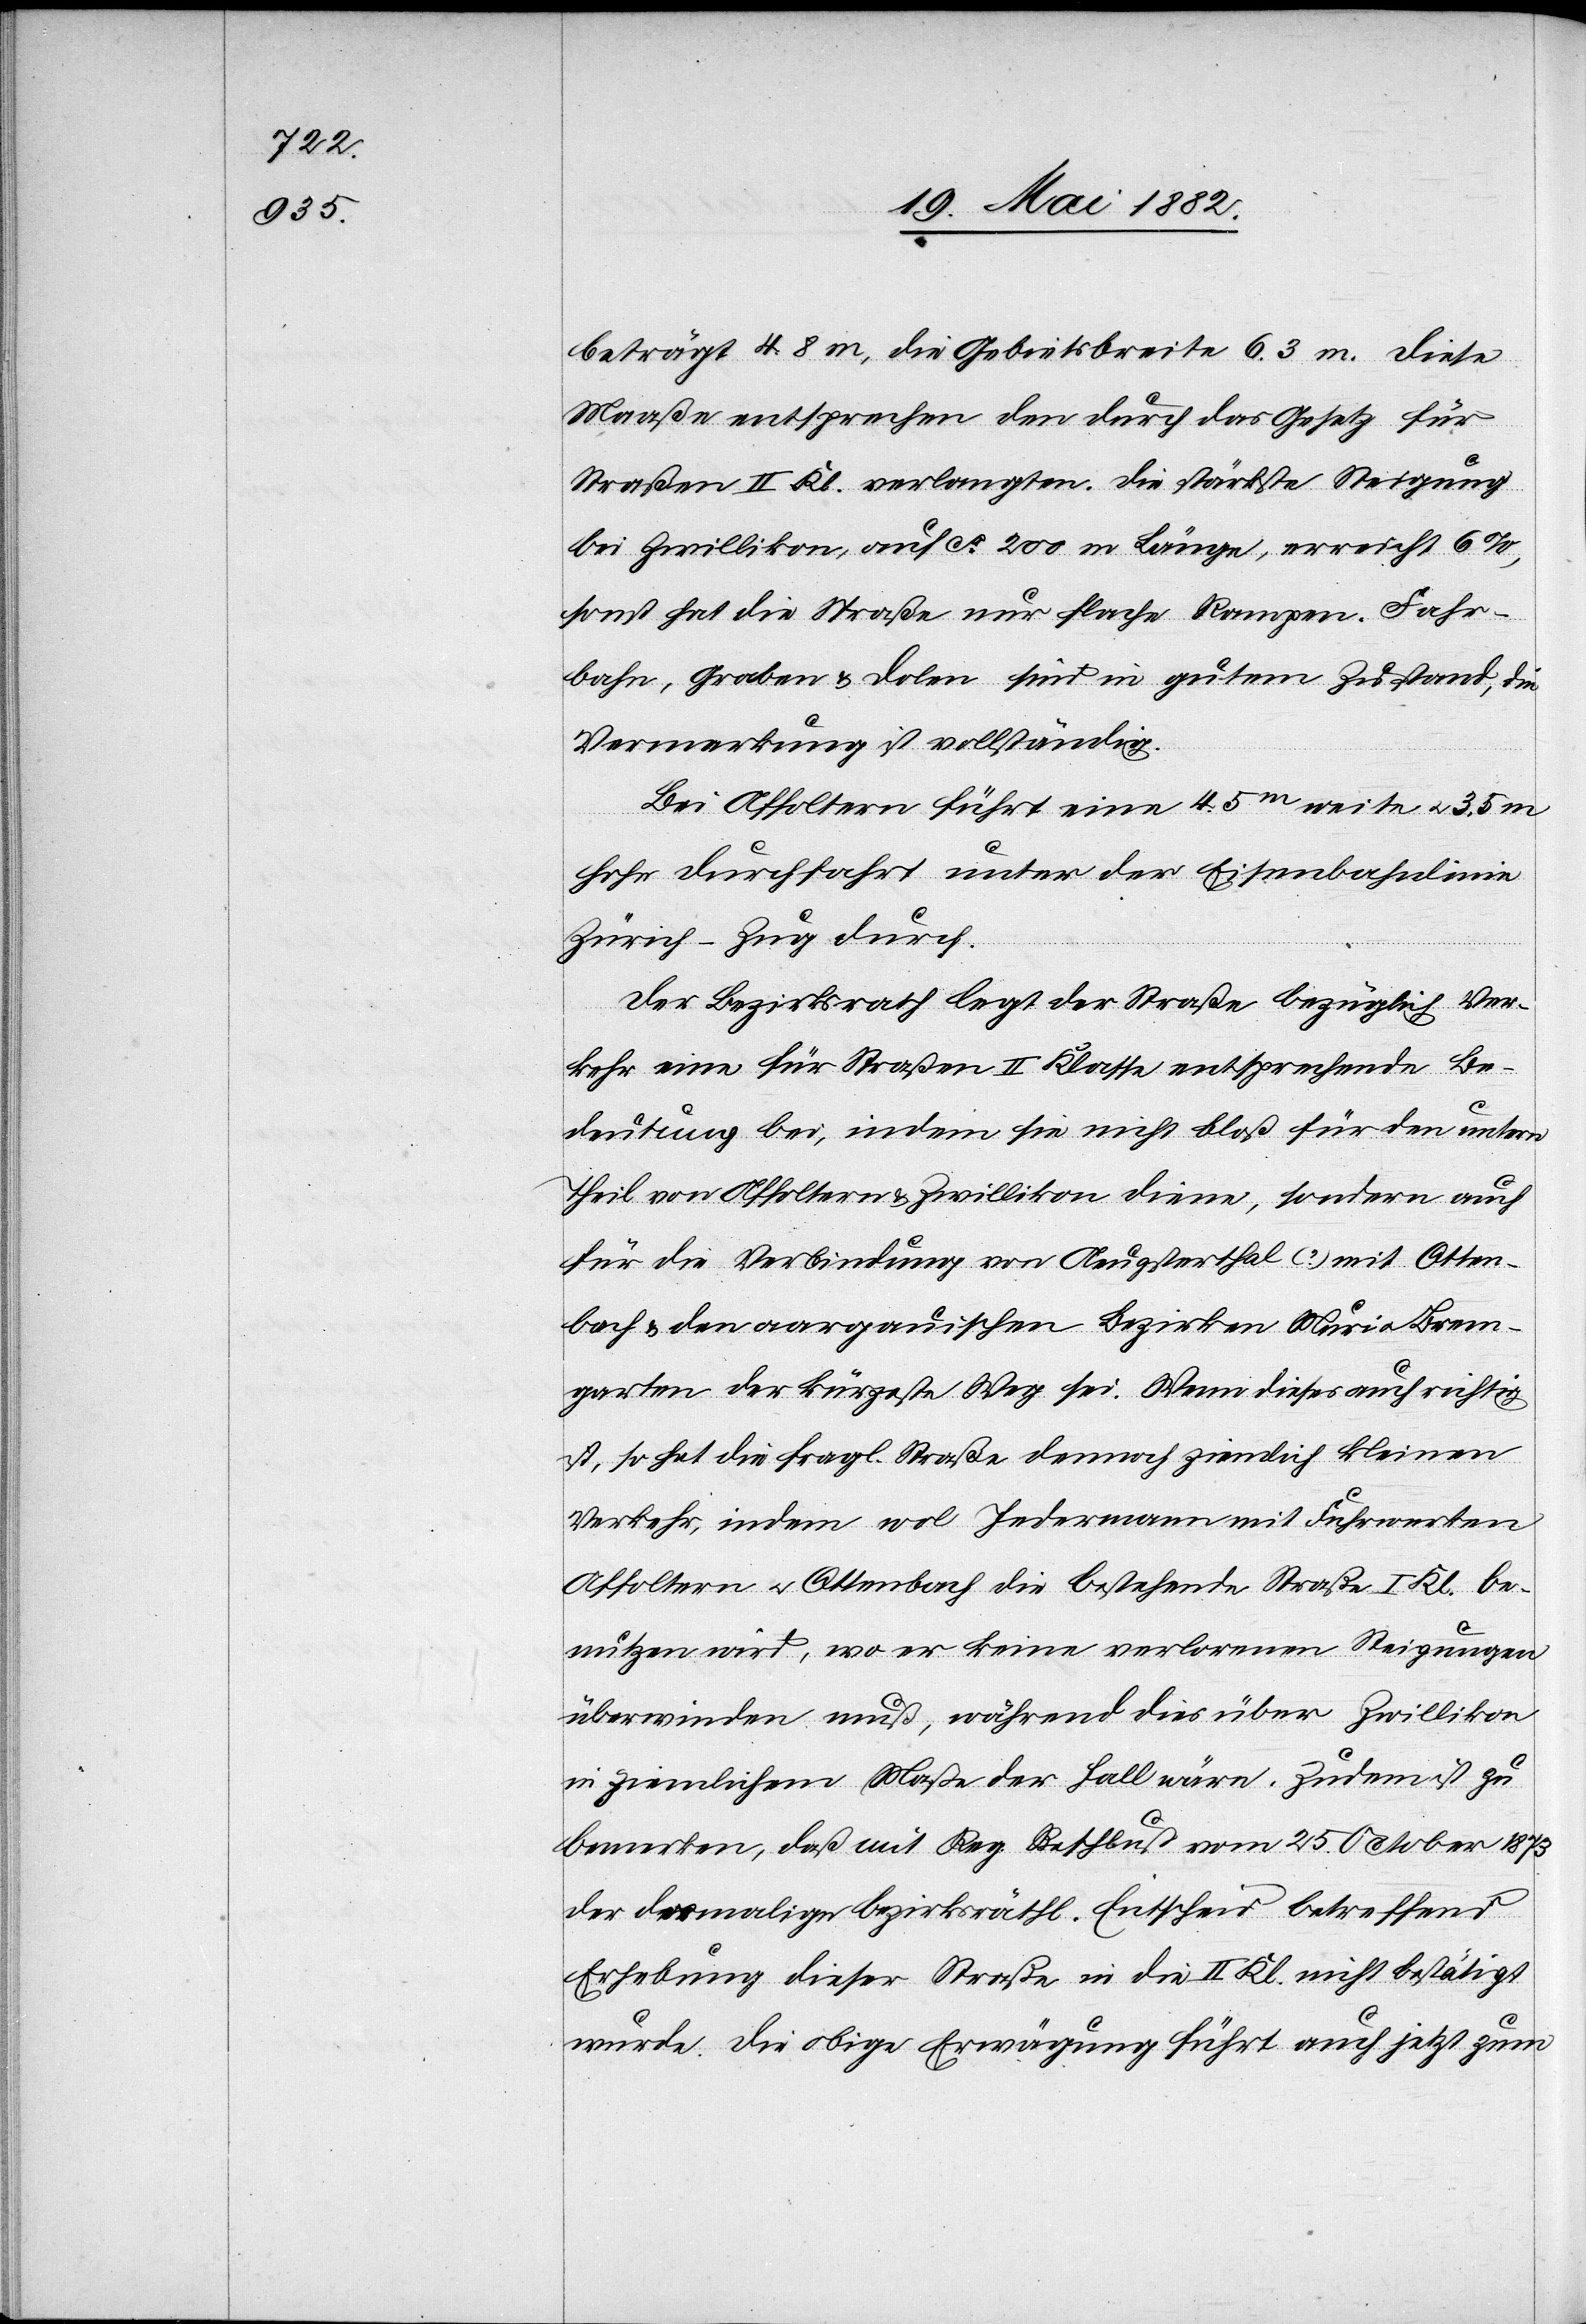
beträgt 4.8 m, die Gebietsbreite 6.3 m. Diese
Maaße entsprechen den durch das Gesetz für
Straßen II. Kl. verlangten. Die stärkste Steigung
bei Zwillikon, auf ca 200 m Länge, erreicht 6%,
sonst hat die Straße nur flache Rampen. Fahr¬
bahn, Graben & Dolen sind in gutem Zustand, die
Vermarkung ist vollständig.
Bei Affoltern führt eine 4.5m weite u. 3.5 m
hohe Durchfahrt unter der Eisenbahnlinie
Zürich–Zug durch.
Der Bezirksrath legt der Straße bezüglich Ver¬
kehr eine für Straßen II. Klasse entsprechende Be¬
deutung bei, indem sie nicht bloß für den untern
Theil von Affoltern & Zwillikon diene, sondern auch
für die Verbindung von Aeugsterthal (?) mit Otten¬
bach & den aargauischen Bezirken Muri u. Brem¬
garten der kürzeste Weg sei. Wenn dieses auch richtig
ist, so hat die fragl. Straße dennoch ziemlich kleinen
Verkehr, indem wol Jedermann mit Fuhrwerken
Affoltern u. Ottenbach die bestehende Straße I. Kl. be¬
nutzen wird, wo er keine verlorenen Steigungen
überwinden muß, während dies über Zwillikon
in ziemlichem Maße der Fall wäre. Zudem ist zu
bemerken, daß mit Reg. Rathbuß [sic!] vom 25. October 1873
der damalige bezirksräthl. Entscheid betreffend
Erhebung dieser Straße in die II. Kl. nicht bestätigt
wurde. Die obige Erwägung führt auch jetzt zum